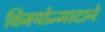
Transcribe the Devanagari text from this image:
विजयोन्मादाने